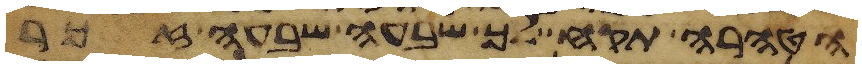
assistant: הטהרה תקח לך שבעה שבעה זכר